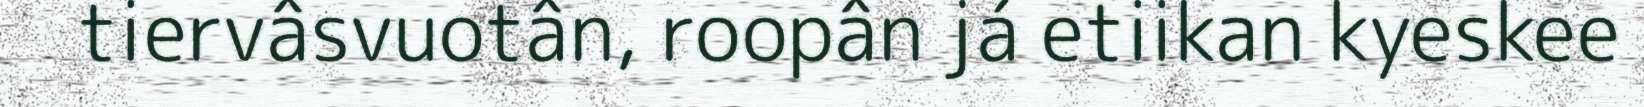
tiervâsvuotân, roopân já etiikan kyeskee